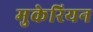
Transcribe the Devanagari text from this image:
मुकेरियन